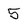
Character: 5